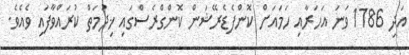
އަދި 1786 ވަނަ އަހަރާއި ހަމައަށް ކޮންފެޑެރޭޝަން ކޮންގްރެސްގައި ޚިދުމަތް ކުރައްވާފައި ވެއެވެ.